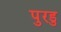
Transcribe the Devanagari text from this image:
पुरडु